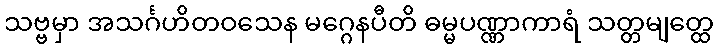
သဗ္ဗမှာ အသင်္ဂဟိတဝသေန မဂ္ဂေနပီတိ ဓမ္မပဏ္ဏာကာရံ သတ္တမျတ္ထေ